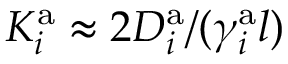
K _ { i } ^ { \mathrm { a } } \approx 2 D _ { i } ^ { \mathrm { a } } / ( \gamma _ { i } ^ { \mathrm { a } } l )